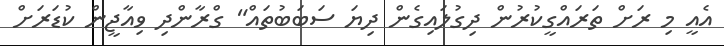
އެއީ މި ރަށް ތަރައްގީކުރުން ދިގުލައިގެން ދިޔަ ސަބަބުތައް" ގްރާންދި ވިއާޖީން ކުޑަރަށް